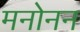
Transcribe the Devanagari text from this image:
मनोनन